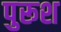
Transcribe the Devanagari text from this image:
पुरूश